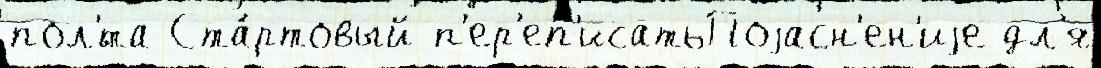
пол'́та Ста́ртовый п'ер'еп'исатьПоjасн'ен'иjе дл'я